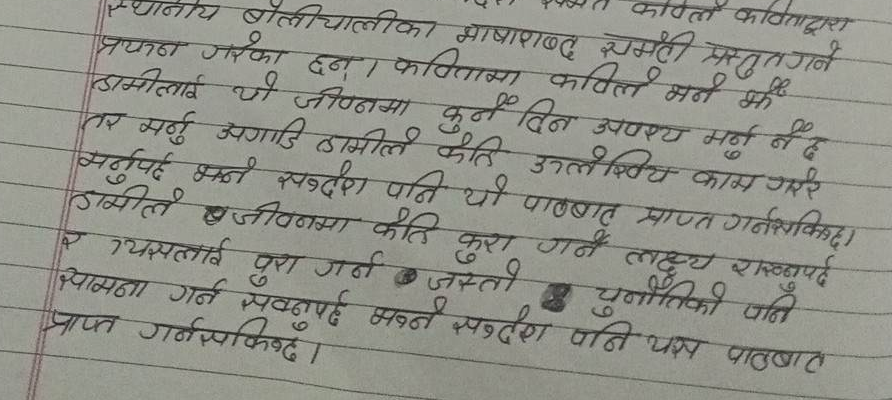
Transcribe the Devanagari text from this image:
स्थानीय बोलीचालीका भाषाशब्द समेटी प्रस्तुत गर्ने
प्रयत्न गरेका छन्। कवितामा कविले भन्नै भने
हामीलाई यो जीवनमा कुनै दिन अवश्य मर्नु नै छ
तर मर्नु अगाडि हामीले कति उल्लिखित काम गरे
मर्नुपर्छ भन्ने सन्देश पनि यो पाठबाट प्राप्त गर्नसकिन्छ।
हामीले खजीवनमा कति कुरा गर्ने लक्ष्य राख्नुपर्छ
र त्यसलाई पुरा गर्न जस्तै चुनौतीको पनि
सामना गर्न सक्नुपर्छ भन्ने सन्देश पनि यस पाठबाट
प्राप्त गर्नसकिन्छ।